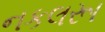
નકલરૂા